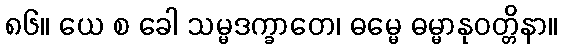
၈၆။ ယေ စ ခေါ သမ္မဒက္ခာတေ၊ ဓမ္မေ ဓမ္မာနုဝတ္တိနာ။